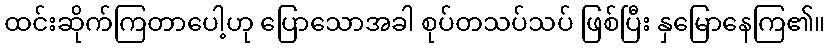
ထင်းဆိုက်ကြတာပေါ့ဟု ပြောသောအခါ စုပ်တသပ်သပ် ဖြစ်ပြီး နှမြောနေကြ၏။